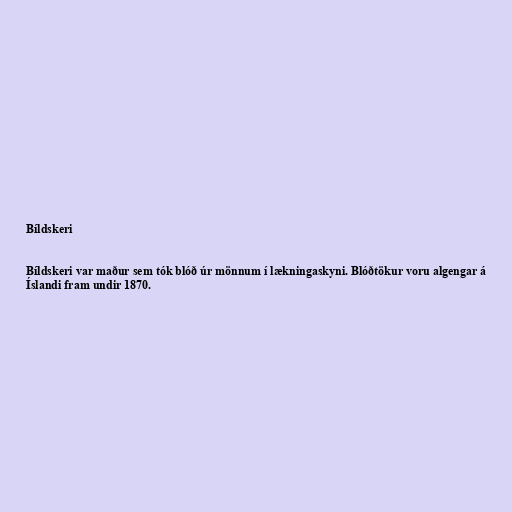
Bíldskeri

Bíldskeri var maður sem tók blóð úr mönnum í lækningaskyni. Blóðtökur voru algengar á
Íslandi fram undir 1870.